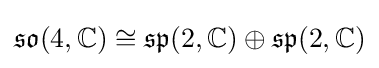
{\mathfrak {so}}(4,\mathbb {C} )\cong {\mathfrak {sp}}(2,\mathbb {C} )\oplus {\mathfrak {sp}}(2,\mathbb {C} )